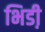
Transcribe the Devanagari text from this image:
भिडी़